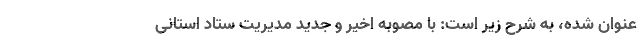
عنوان شده، به شرح زیر است: با مصوبه اخیر و جدید مدیریت ستاد استانی